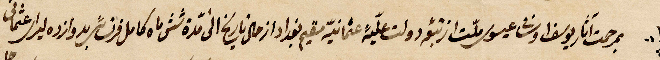
بمدحت آثار يوسف او .. ملّت .. دولت علية عثمانية مقيم بغداد ...تاريخ الى دزو شش ماه كامل ... لسرة عثمانية